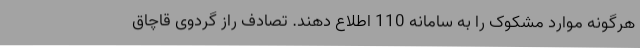
هرگونه موارد مشکوک را به سامانه 110 اطلاع دهند. تصادف راز گردوی قاچاق